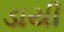
ડાયી